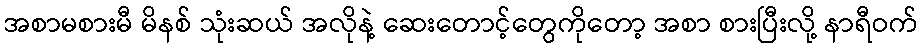
အစာမစားမီ မိနစ် သုံးဆယ် အလိုနဲ့ ဆေးတောင့်တွေကိုတော့ အစာ စားပြီးလို့ နာရီဝက်